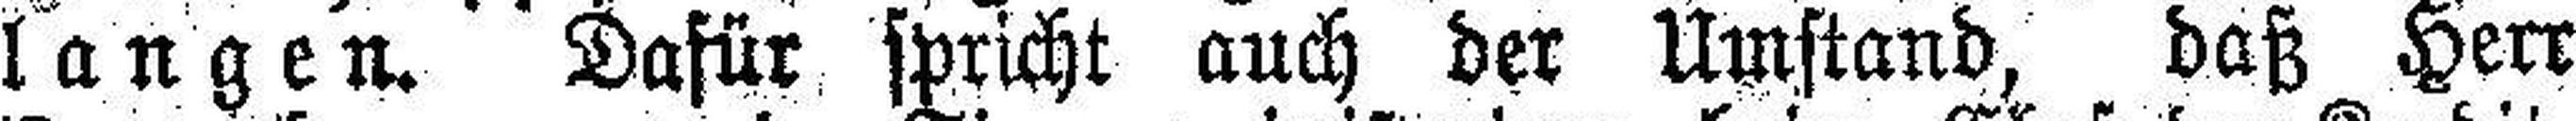
langen. Dafür spricht auch der Umstand, daß Herr